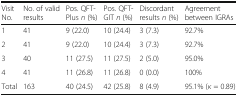
<table><thead><tr><td><b>Visit No.</b></td><td><b>No. of valid results</b></td><td><b>Pos. QFT-Plus <i>n</i> (%)</b></td><td><b>Pos. QFT-GIT <i>n</i> (%)</b></td><td><b>Discordant results <i>n</i> (%)</b></td><td><b>Agreement between IGRAs</b></td></tr></thead><tbody><tr><td>1</td><td>41</td><td>9 (22.0)</td><td>10 (24.4)</td><td>3 (7.3)</td><td>92.7%</td></tr><tr><td>2</td><td>41</td><td>9 (22.0)</td><td>10 (24.4)</td><td>3 (7.3)</td><td>92.7%</td></tr><tr><td>3</td><td>40</td><td>11 (27.5)</td><td>11 (27.5)</td><td>2 (5.0)</td><td>95.0%</td></tr><tr><td>4</td><td>41</td><td>11 (26.8)</td><td>11 (26.8)</td><td>0 (0.0)</td><td>100%</td></tr><tr><td>Total</td><td>163</td><td>40 (24.5)</td><td>42 (25.8)</td><td>8 (4.9)</td><td>95.1% (<i>κ</i> = 0.89)</td></tr></tbody></table>